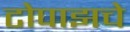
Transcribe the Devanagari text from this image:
टोपाझचे